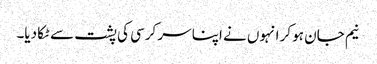
نیم جان ہو کر انہوں نے اپنا سر کرسی کی پشت سے ٹکا دیا۔